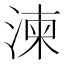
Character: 湅